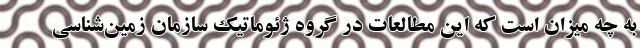
به چه میزان است که این مطالعات در گروه ژئوماتیک سازمان زمین‌شناسی